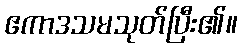
ဧကာဒသမသုတ်ပြီး၏။